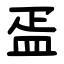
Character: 㿿